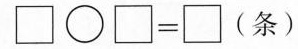
\Box\bigcirc\Box=\Box(条)